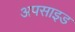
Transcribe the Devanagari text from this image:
अपसाइड